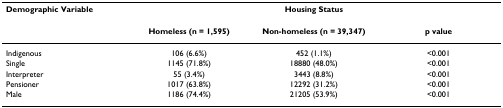
<table><thead><tr><td><b>Demographic Variable</b></td><td colspan="3"><b>Housing Status</b></td></tr></thead><tbody><tr><td></td><td><b>Homeless (n = 1,595)</b></td><td><b>Non-homeless (n = 39,347)</b></td><td><b>p value</b></td></tr><tr><td>Indigenous</td><td>106 (6.6%)</td><td>452 (1.1%)</td><td>&lt;0.001</td></tr><tr><td>Single</td><td>1145 (71.8%)</td><td>18880 (48.0%)</td><td>&lt;0.001</td></tr><tr><td>Interpreter</td><td>55 (3.4%)</td><td>3443 (8.8%)</td><td>&lt;0.001</td></tr><tr><td>Pensioner</td><td>1017 (63.8%)</td><td>12292 (31.2%)</td><td>&lt;0.001</td></tr><tr><td>Male</td><td>1186 (74.4%)</td><td>21205 (53.9%)</td><td>&lt;0.001</td></tr></tbody></table>